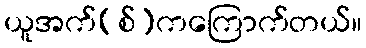
ယူအက်(စ်)ကကြောက်တယ်။